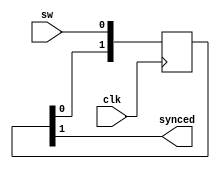
module sync(
    input clk,
    input sw,
    output wire synced
);
    reg [1:0] sync_reg;

    always @(posedge clk)
    begin
        sync_reg[0] <= sw;
        sync_reg[1] <= sync_reg[0];
    end

    assign synced = sync_reg[1];
endmodule